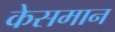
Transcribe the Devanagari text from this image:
केसमान